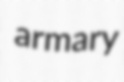
armary